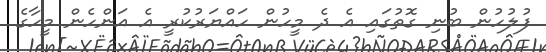
ފުލުހުން ބުނި ގޮތުގައި އެ ދެ މީހުން ހައްޔަރުކުރީ އެ އަންހެން މީހާގެ